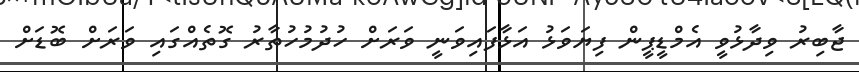
ޖާބިރު ވިދާޅުވީ އެމްޑީޕީން ފިޔަވަޅު އަޅާފައިވަނީ ވަރަށް ހުދުމުހުތާރު ގޮތެއްގައި ވަރަށް ބޮޑަށް